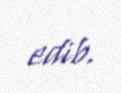
edib.